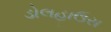
ડોલહાઉસ